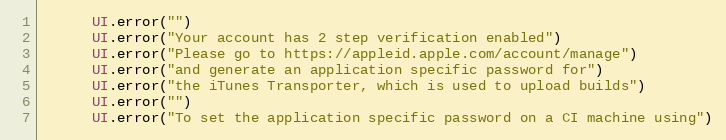
Language: Ruby
      UI.error("")
      UI.error("Your account has 2 step verification enabled")
      UI.error("Please go to https://appleid.apple.com/account/manage")
      UI.error("and generate an application specific password for")
      UI.error("the iTunes Transporter, which is used to upload builds")
      UI.error("")
      UI.error("To set the application specific password on a CI machine using")